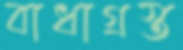
বাধাগ্রস্ত